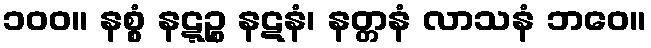
၁၀၀။ နစ္စံ နဋ္ဋဉ္စ နဋနံ၊ နတ္တနံ လာသနံ ဘဝေ။